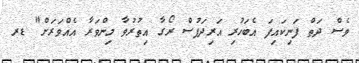
ވެސް ދަތް ފަނިކައިފަ އެބަހުރި އަރިދަފުސް ރޯގާ އިތުރުވާ މިންވަރާ އެއްވަރަށް" ޑރ